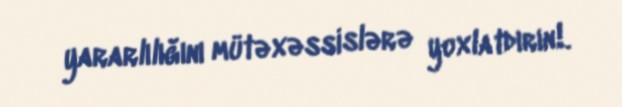
yararlılığını mütəxəssislərə yoxlatdırın!.